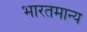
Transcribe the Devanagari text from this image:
भारतमान्य